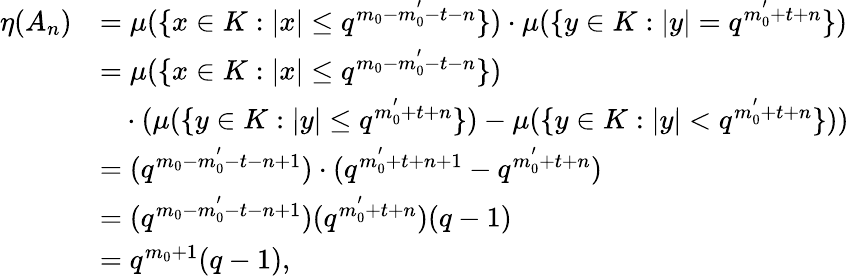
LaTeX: \begin{array}{rl}{\eta(A_{n})}&{=\mu(\{ x\in K:|x|\leq q^{m_{0}-m_{0}^{'}-t-n}\} )\cdot\mu(\{ y\in K:|y|=q^{m_{0}^{'}+t+n}\} )}\\ &{=\mu(\{ x\in K:|x|\leq q^{m_{0}-m_{0}^{'}-t-n}\} )}\\ &{\ \ \ \cdot(\mu(\{ y\in K:|y|\leq q^{m_{0}^{'}+t+n}\} )-\mu(\{ y\in K:|y|<q^{m_{0}^{'}+t+n}\} ))}\\ &{=(q^{m_{0}-m_{0}^{'}-t-n+1})\cdot(q^{m_{0}^{'}+t+n+1}-q^{m_{0}^{'}+t+n})}\\ &{=(q^{m_{0}-m_{0}^{'}-t-n+1})(q^{m_{0}^{'}+t+n})(q-1)}\\ &{=q^{m_{0}+1}(q-1),}\end{array}